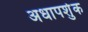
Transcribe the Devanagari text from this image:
अधापर्शुक